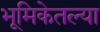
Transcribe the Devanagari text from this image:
भूमिकेतल्या